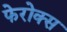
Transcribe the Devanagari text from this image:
फेरोक्स